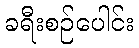
ခရီးစဉ်ပေါင်း